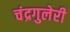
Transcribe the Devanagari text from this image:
चंद्रगुलेरी